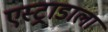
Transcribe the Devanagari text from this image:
एस्ट्राडाला